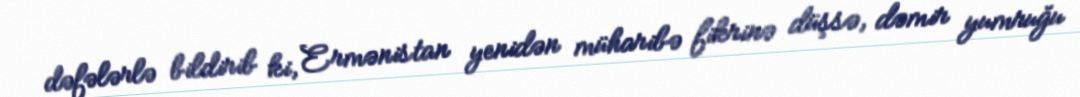
dəfələrlə bildirib ki, Ermənistan yenidən müharibə fikrinə düşsə, dəmir yumruğu